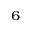
^ 6